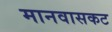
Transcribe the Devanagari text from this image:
मानवासकट